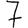
Digit: 7